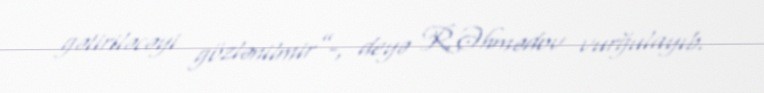
gətiriləcəyi gözlənilmir”-, deyə R.Əhmədov vurğulayıb.